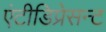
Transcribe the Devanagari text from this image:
एंटीडिप्रेसन्ट